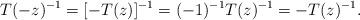
LaTeX: \begin{align*}T(-z)^{-1} = [ - T(z) ]^{-1} = (-1)^{-1} T(z)^{-1} = - T(z)^{-1} .\end{align*}